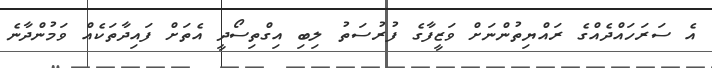
އެ ސަރަހައްދެއްގެ ރައްޔިތުންނަށް ވަޒީފާގެ ފުރުސަތު ލިބި އިގްތިސޯދީ އެތަށް ފައިދާތަކެއް ވަމުންދާނެ